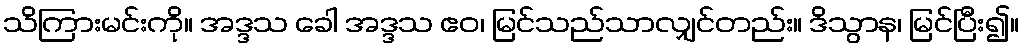
သိကြားမင်းကို။ အဒ္ဒသ ခေါ အဒ္ဒသ ဧဝ၊ မြင်သည်သာလျှင်တည်း။ ဒိသွာန၊ မြင်ပြီး၍။